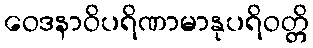
ဝေဒနာဝိပရိဏာမာနုပရိဝတ္တိ